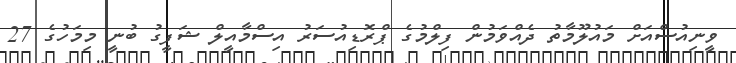
ވީނިއުސްއަށް މައުލޫމާތު ދެއްވަމުން ފިލްމުގެ ޕްރޮޑިއުސަރު އިސްމާއީލް ޝަފީގު ބުނީ މިމަހުގެ 27